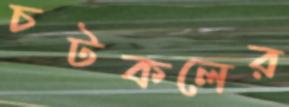
চটকলের